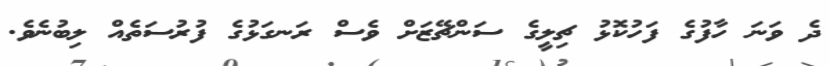
ދެ ވަނަ ހާފުގެ ފަހުކޮޅު ޗިލީގެ ސަންޗޭޒަށް ވެސް ރަނގަޅުގެ ފުރުސަތެއް ލިބުނެވެ.